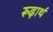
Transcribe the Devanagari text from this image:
रूढ़ार्थ